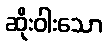
ဆိုးဝါးသော